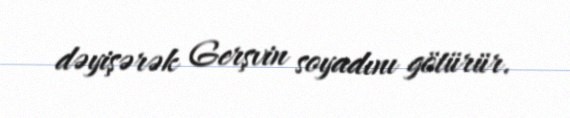
dəyişərək Gerşvin soyadını götürür.